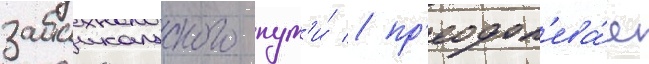
забаикальского пут'и́ / пр'еодол'ева́я